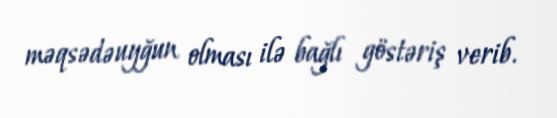
məqsədəuyğun olması ilə bağlı göstəriş verib.